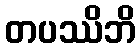
တပဿိဘိ